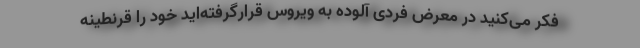
فکر می‌کنید در معرض فردی آلوده به ویروس قرارگرفته‌اید خود را قرنطینه